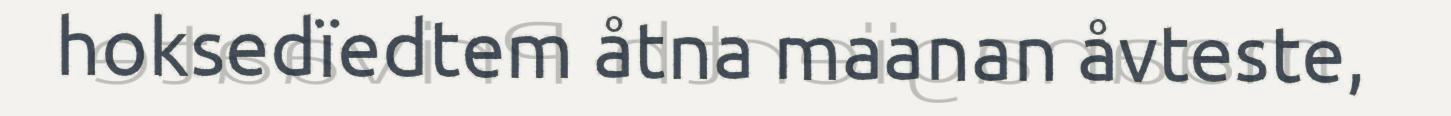
hoksedïedtem åtna maanan åvteste,